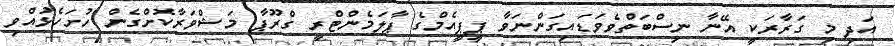
އަދި މި ގަރާރަކީ އޭނާ ނިސްބަތްވެވަޑައިގަންނަވާ ޕީޕީއެމްގެ ޕާލަމެންޓްރީ ގްރޫޕާ މަޝްވަރާކޮށްގެން ހުށަހެޅުއްވި